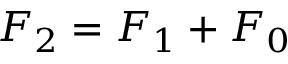
F _ { 2 } = F _ { 1 } + F _ { 0 }